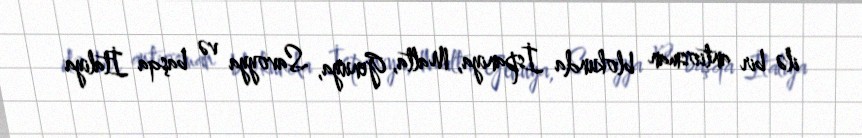
ilə bir antiosman blokunda İspaniya, Malta, Genuya, Savoyya və başqa İtaliya